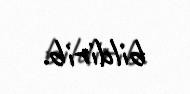
bildirib.